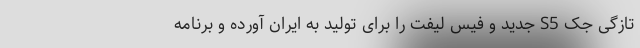
تازگی جک S5 جدید و فیس لیفت را برای تولید به ایران آورده و برنامه